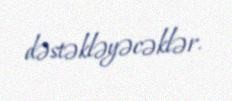
dəstəkləyəcəklər.